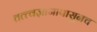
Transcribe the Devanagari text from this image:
तत्त्वज्ञानापासूनच